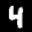
Label: 4